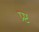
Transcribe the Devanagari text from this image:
प्र्ष्ट